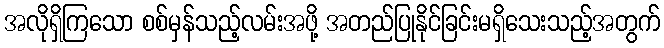
အလိုရှိကြသော စစ်မှန်သည့်လမ်းအဖို့ အတည်ပြုနိုင်ခြင်းမရှိသေးသည့်အတွက်